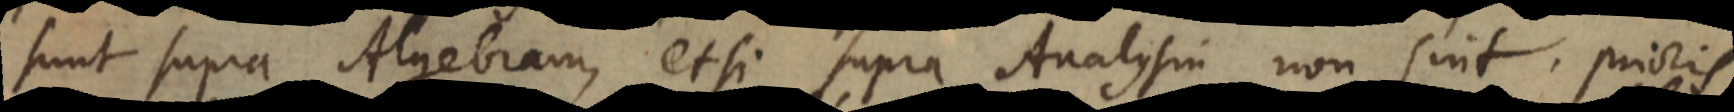
sunt supra Algebram, etsi supra Analysin non sint. Prioris